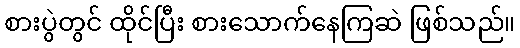
စားပွဲတွင် ထိုင်ပြီး စားသောက်နေကြဆဲ ဖြစ်သည်။